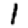
Digit: 1